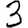
Digit: 3